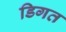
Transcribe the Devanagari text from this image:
डिगत